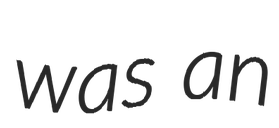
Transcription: was an